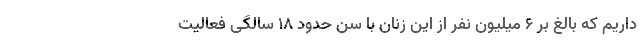
داریم که بالغ بر ۶ میلیون نفر از این زنان با سن حدود ۱۸ سالگی فعالیت